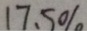
1 7 . 5 \%